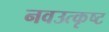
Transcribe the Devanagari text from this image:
नवउत्कृष्ट